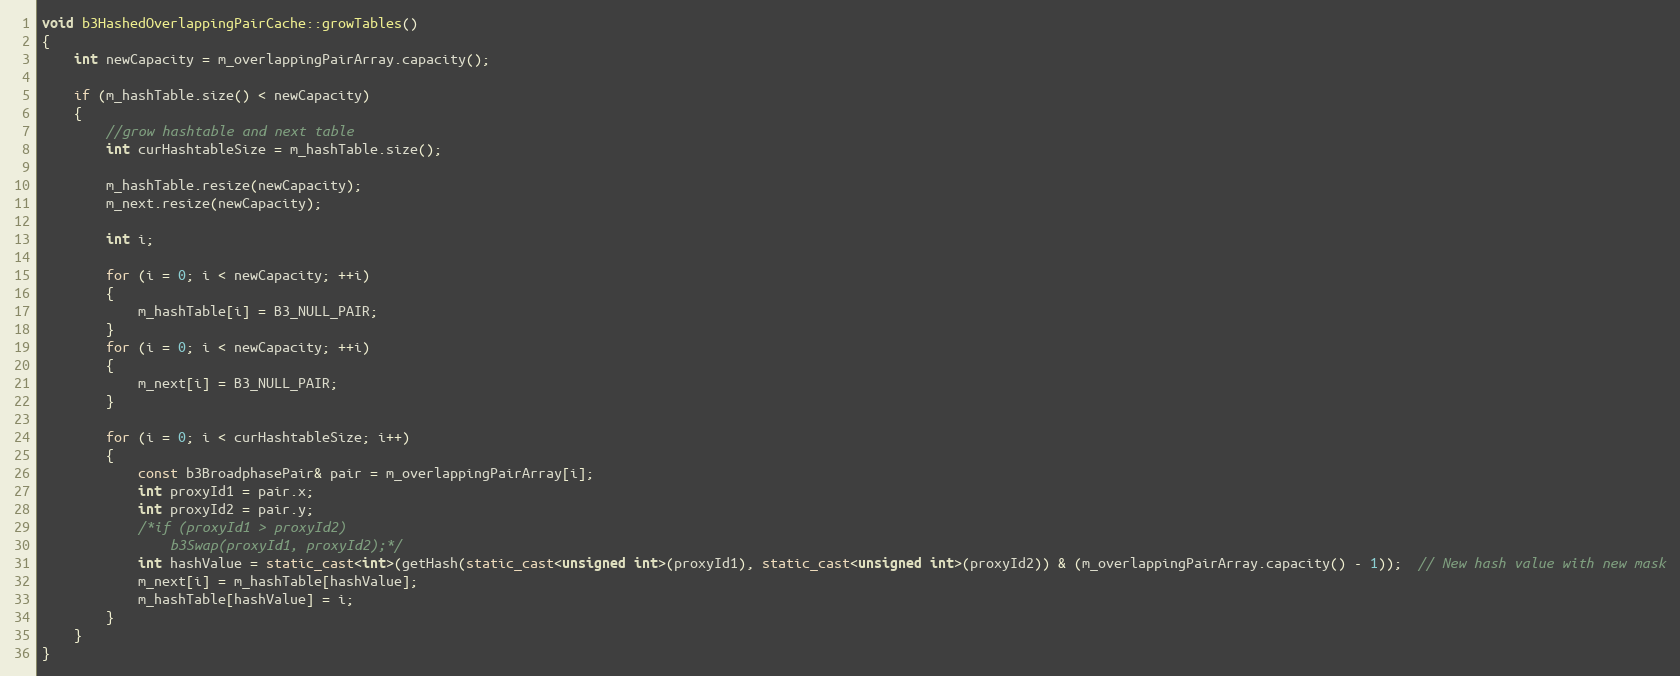
Language: C++
void b3HashedOverlappingPairCache::growTables()
{
	int newCapacity = m_overlappingPairArray.capacity();

	if (m_hashTable.size() < newCapacity)
	{
		//grow hashtable and next table
		int curHashtableSize = m_hashTable.size();

		m_hashTable.resize(newCapacity);
		m_next.resize(newCapacity);

		int i;

		for (i = 0; i < newCapacity; ++i)
		{
			m_hashTable[i] = B3_NULL_PAIR;
		}
		for (i = 0; i < newCapacity; ++i)
		{
			m_next[i] = B3_NULL_PAIR;
		}

		for (i = 0; i < curHashtableSize; i++)
		{
			const b3BroadphasePair& pair = m_overlappingPairArray[i];
			int proxyId1 = pair.x;
			int proxyId2 = pair.y;
			/*if (proxyId1 > proxyId2)
				b3Swap(proxyId1, proxyId2);*/
			int hashValue = static_cast<int>(getHash(static_cast<unsigned int>(proxyId1), static_cast<unsigned int>(proxyId2)) & (m_overlappingPairArray.capacity() - 1));  // New hash value with new mask
			m_next[i] = m_hashTable[hashValue];
			m_hashTable[hashValue] = i;
		}
	}
}